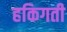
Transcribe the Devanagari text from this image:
हकिगती